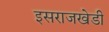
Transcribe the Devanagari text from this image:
इसराजखेडी